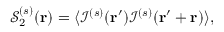
\mathcal { S } _ { 2 } ^ { ( s ) } ( \mathbf { r } ) = \langle \mathcal { I } ^ { ( s ) } ( \mathbf { r } ^ { \prime } ) \mathcal { I } ^ { ( s ) } ( \mathbf { r } ^ { \prime } + \mathbf { r } ) \rangle ,